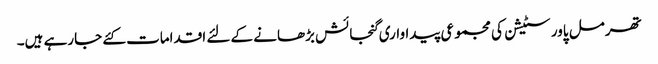
تھرمل پاور سٹیشن کی مجموعی پیداواری گنجائش بڑھانے کے لئے اقدامات کئے جارہے ہیں۔